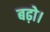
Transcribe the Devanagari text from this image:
बढ़ो।